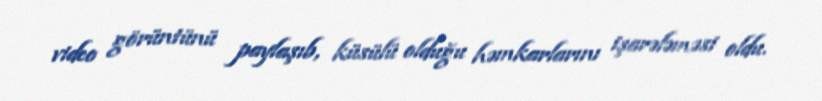
video görüntünü paylaşıb, küsülü olduğu həmkarlarını işarələməsi oldu.